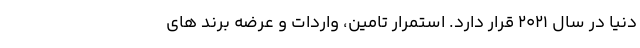
دنیا در سال 2021 قرار دارد. استمرار تامین، واردات و عرضه برند های